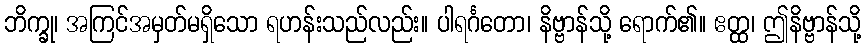
ဘိက္ခု၊ အကြင်အမှတ်မရှိသော ရဟန်းသည်လည်း။ ပါရင်္ဂတော၊ နိဗ္ဗာန်သို့ ရောက်၏။ ဧတ္ထ၊ ဤနိဗ္ဗာန်သို့